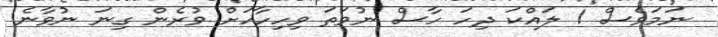
ނަމަވެސް 1 ލައްކަ ދިހަ ހާސް ނުވަތަ ވިހިހާހަށް ވުރެން ގިނަ ނުވާނެ